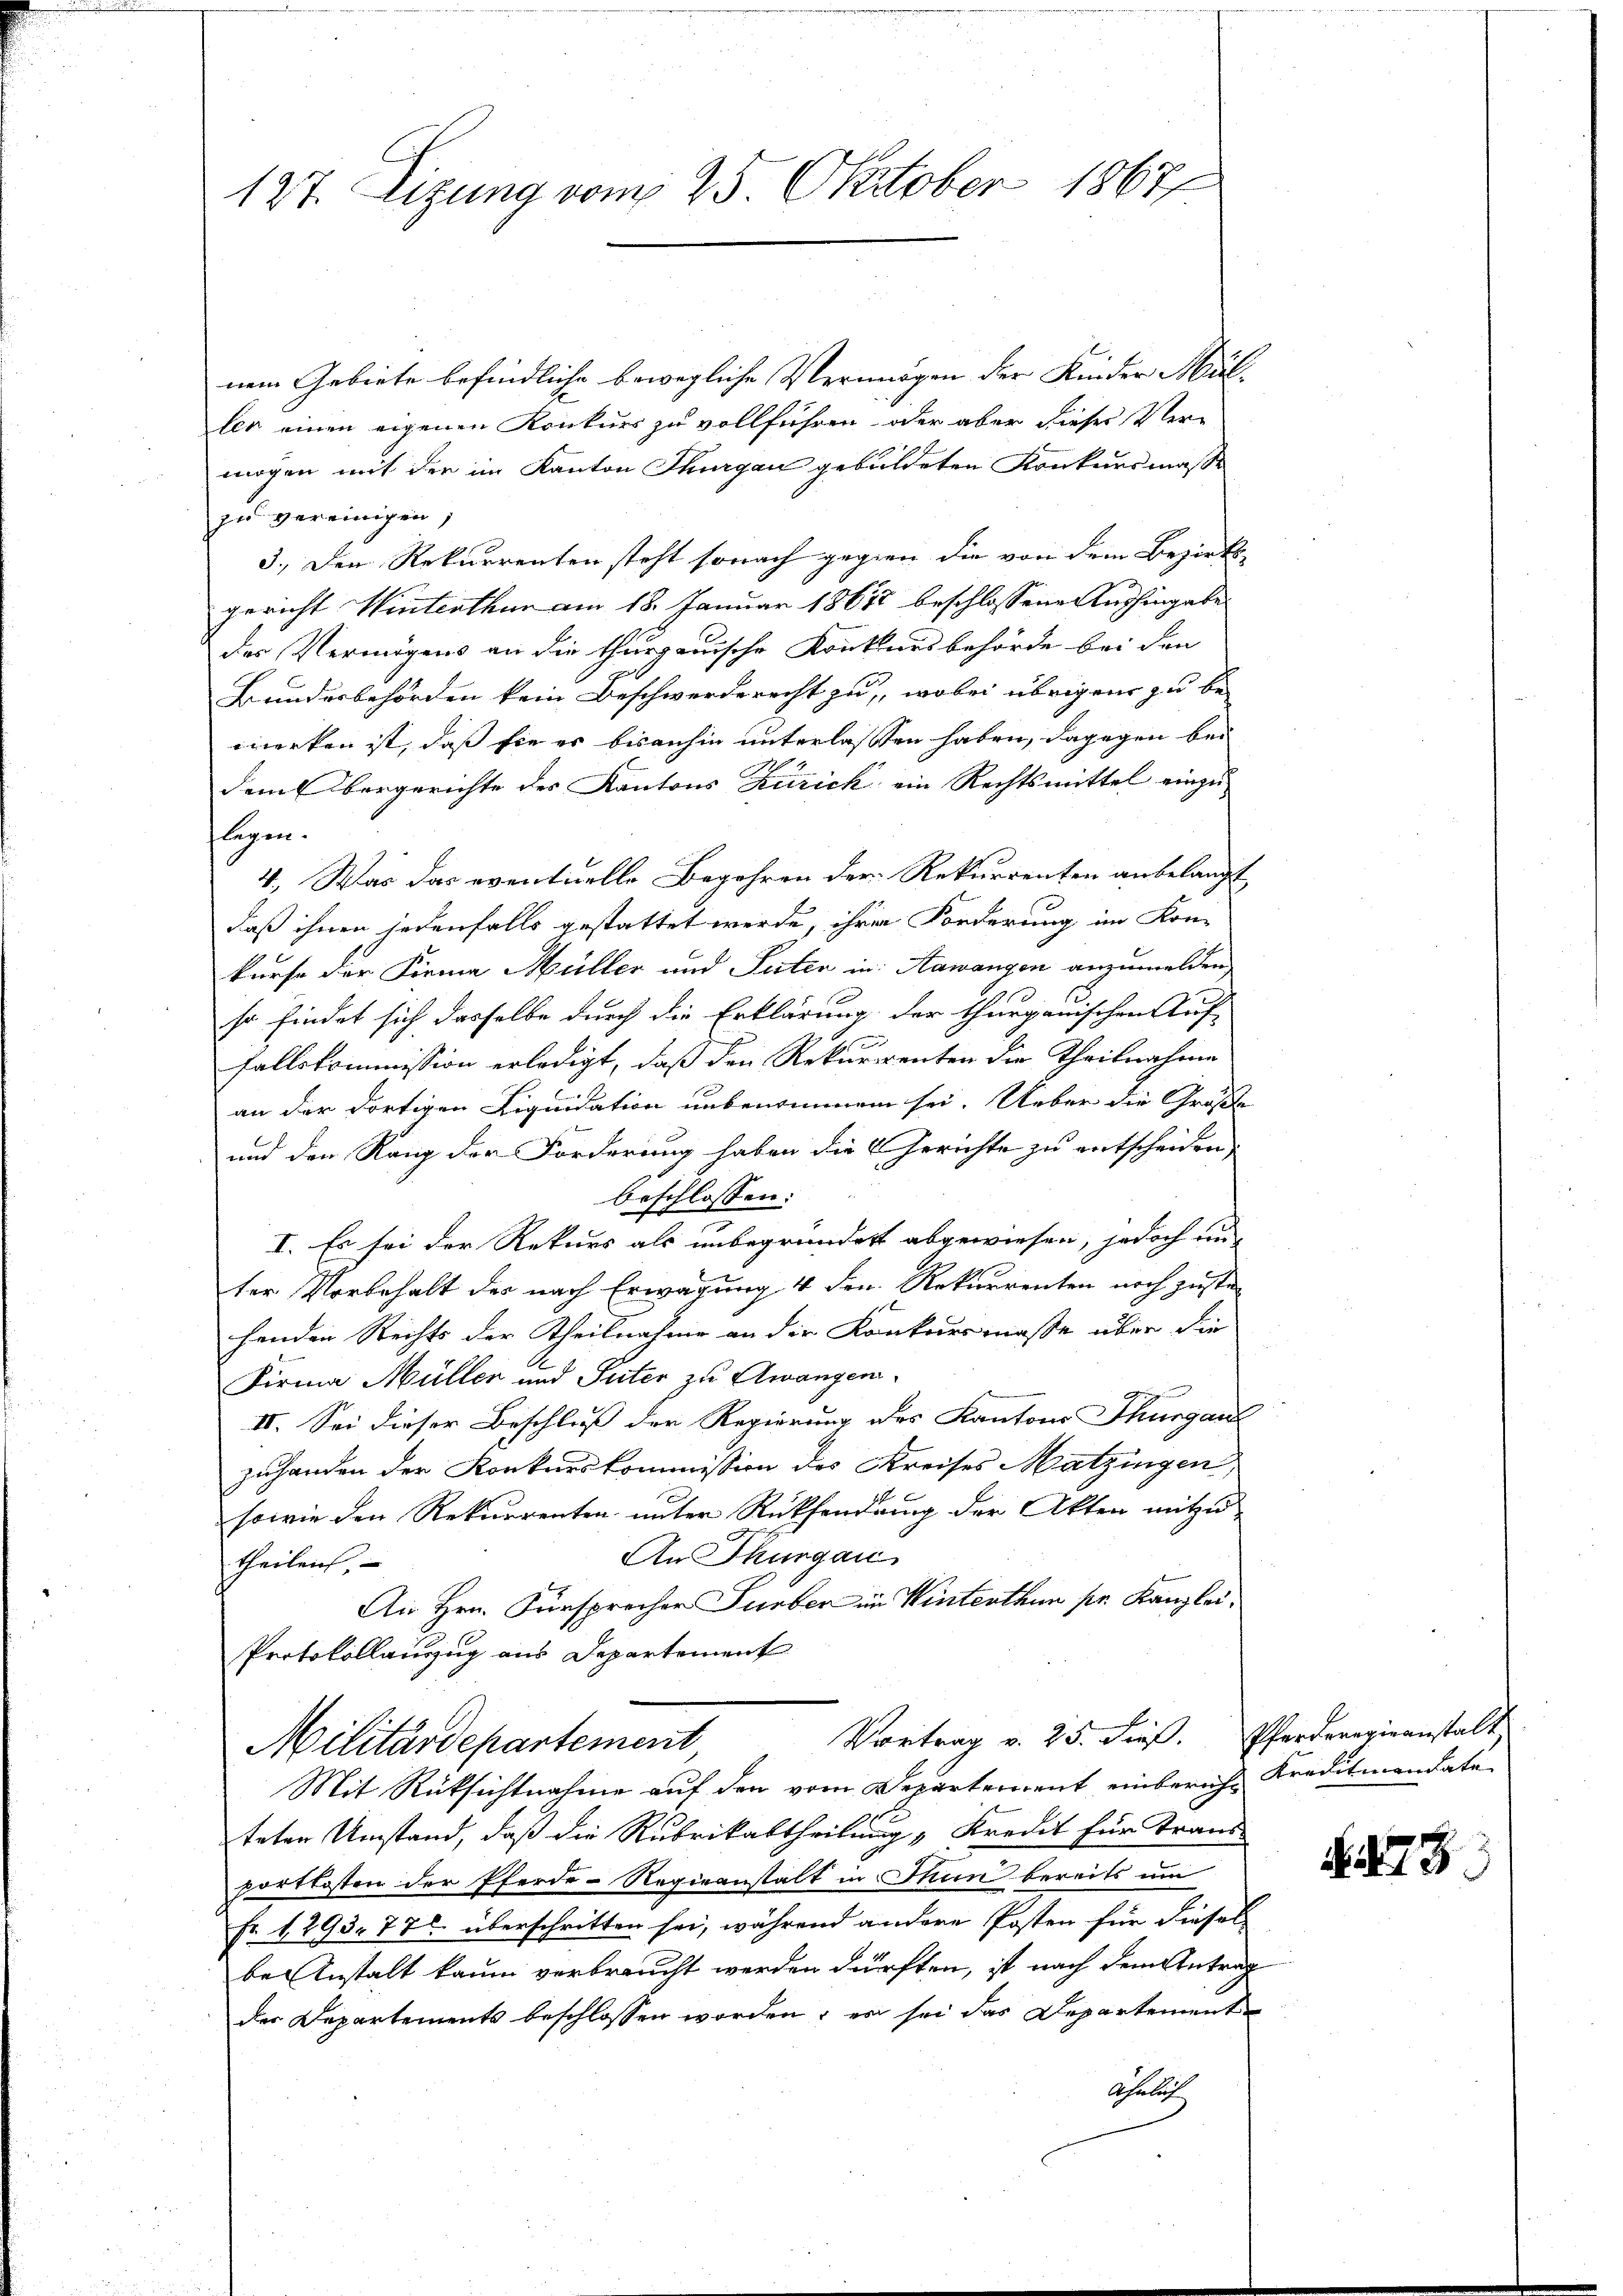
nem Gebiete befindliche bewegliche Vermögen der Kinder Müller einen eigenen Konkurs zu vollführen, oder aber dieses Ver-
mögen mit der im Kanton Thurgau gebildeten Konkursmaße
zu vereinigen,
3.) Den Rekurrenten steht sonach gegen die von dem Bezirks
gericht Winterthur am 18. Januar 1861 beschlossene Aushingabe
der Vermögens an die thurgauische Konkursbehörde bei den
Bundesbehörden kein Beschwerderecht zu, wobei übrigen zu be-
merken ist, daß sie es bisanhin unterlassen haben, dagegen bei
dem Obergerichte des Kantons Zürich ein Rechtsmittel einzu-
flegen.
4. Was das eventuelle Begehren der Rekurrenten anbelangt,
daß ihnen jedenfalls gestattet werde, ihrer Forderung im Kon-
kurse der Firma Müller und Peter in Aawangen anzumelden.
so findet sich dasselbe durch die Erklärung der thurgauischen Auf-
s
fallskommission erledigt, daß den Rekurrenten die Theilnahme
an der dortigen Liquidation unbenommen sei. Ueber die Größe
und den Rang der Forderung haben die Gerichte zu entscheiden
beschlossen:
I. Es sei der Rekurs als unbegründet abgewiesen, jedoch un
ter Vorbehalt der nach Erwägung 4 den Rekurrenten noch zuste
henden Rechts der Theilnahme an die Konkursmasse über die
Firma Müller und Suter zu Awangen
II. Sei dieser Beschluß der Regierung des Kantons Thurgau
zuhanden der Konkurskommission des Kreises Matzingen
sowie den Rekurrenten unter Rücksendung der Akten mitzu
An Thurgau
theilen,
Ais Hrn. Fürsprecher Turber im Winterthun pr. Kanzlei¬
Protokollanzug aus Departement
Vortrag v. 25. dieß. Pferdrangieanstalt
Militärdepartement
Mit Rücksichtnahme auf den vom Departement einbericht Kreditmandate
teten Umstand, daß die Rubrikabtheilung „Kredit für Trans-
portkosten der Pferde-Regieanstalt in Thun bereits um
Fr. 1293. 775 überschritten sei, während andere Posten für diesel
be Anstalt kaum verbraucht werden dürften, ist nach dem Antrag
der Departements beschlossen worden; es sei das Departement
Ähnlich

127. Sitzung vom 25. Oktober 1867

§. 273